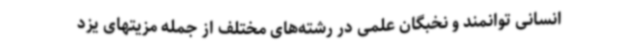
انسانی توانمند و نخبگان علمی در رشته‌های مختلف از جمله مزیتهای یزد